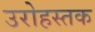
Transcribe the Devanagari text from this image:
उरोहस्तक